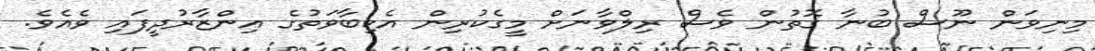
މިނިވަން ނޫސް ބުނާ ގޮތުން ވެސް ރިލްވާނަށް މީގެކުރިން އެކިބާވަތުގެ އިންޒާރުދީފައި ވެއެވެ.